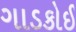
ગાડકોઈ